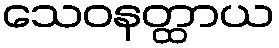
သေဝနတ္ထာယ